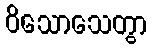
ဝိသောသေတွာ